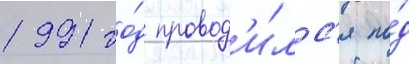
1991 го́д провод'и́лс'я по́д